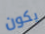
يكون